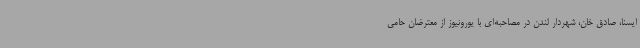
ایسنا، صادق خان، شهردار لندن در مصاحبه‌ای با یورونیوز از معترضان حامی